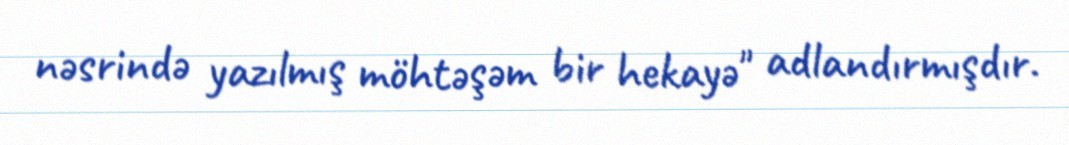
nəsrində yazılmış möhtəşəm bir hekayə" adlandırmışdır.